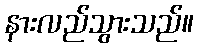
နားလည်သွားသည်။